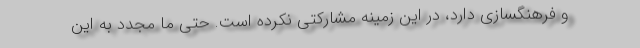
و فرهنگسازی دارد، در این زمینه مشارکتی نکرده است. حتی ما مجدد به این